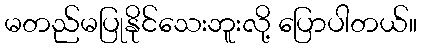
မတည်မပြုနိုင်သေးဘူးလို့ ပြောပါတယ်။